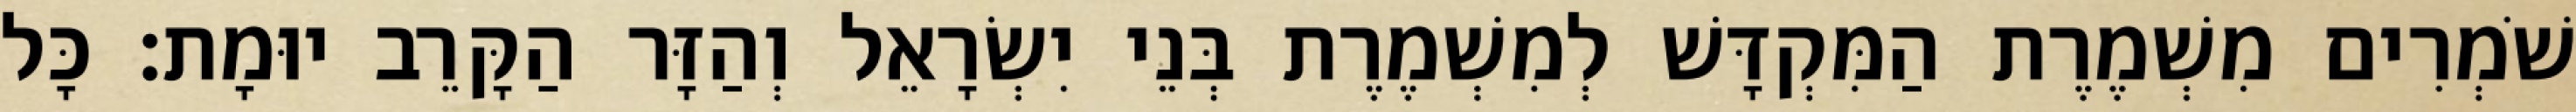
שֹׁמְרִים מִשְׁמֶרֶת הַמִּקְדָּשׁ לְמִשְׁמֶרֶת בְּנֵי יִשְׂרָאֵל וְהַזָּר הַקָּרֵב יוּמָת׃ כָּל